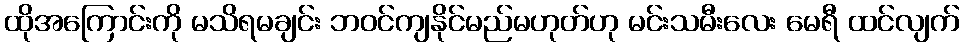
ထိုအကြောင်းကို မသိရမချင်း ဘဝင်ကျနိုင်မည်မဟုတ်ဟု မင်းသမီးလေး မေရီ ထင်လျက်